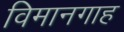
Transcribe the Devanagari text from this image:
विमानगाह